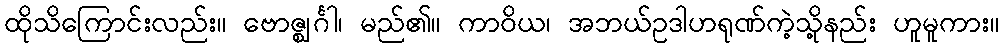
ထိုသိကြောင်းလည်း။ ဗောဇ္ဈင်္ဂါ၊ မည်၏။ ကာဝိယ၊ အဘယ်ဥဒါဟရုဏ်ကဲ့သို့နည်း ဟူမူကား။